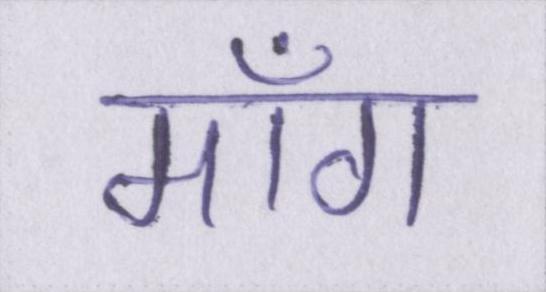
माँग